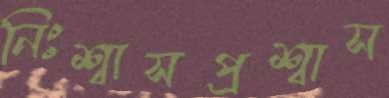
নিঃশ্বাসপ্রশ্বাস